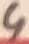
Text: 4